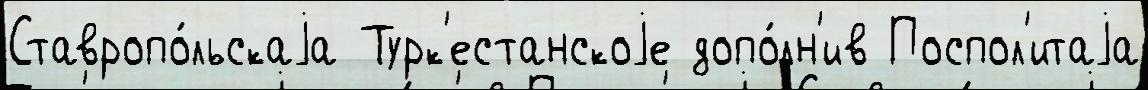
Ставропо́льскаjа Турк'естанскоjе допо́лн'ив Поспол'итаjа